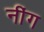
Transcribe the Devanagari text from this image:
नींग